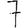
Digit: 7